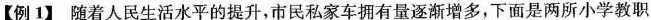
【例1】随着人民生活水平的提升，市民私家车拥有量逐渐增多，下面是两所小学教职